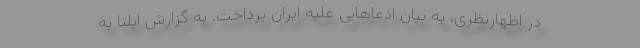
در اظهارنظری، به بیان ادعاهایی علیه ایران پرداخت. به گزارش ایلنا به